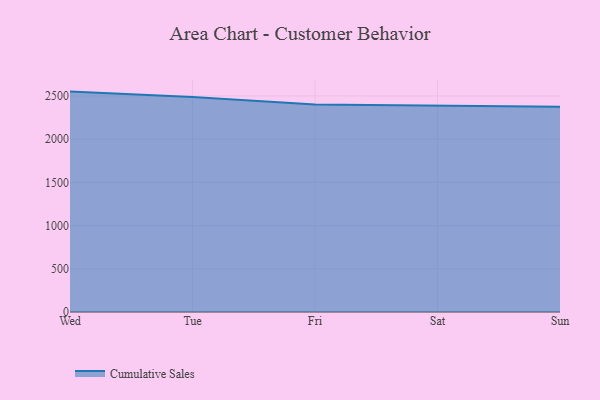
{"axis": {"x": "Day", "y": "Latency (ms)"}, "legend": ["Cumulative Sales"], "data": [{"x": "Wed", "y": 2550.8, "type": "Cumulative Sales"}, {"x": "Tue", "y": 2489.7, "type": "Cumulative Sales"}, {"x": "Fri", "y": 2402.9, "type": "Cumulative Sales"}, {"x": "Sat", "y": 2389.4, "type": "Cumulative Sales"}, {"x": "Sun", "y": 2374.3, "type": "Cumulative Sales"}]}